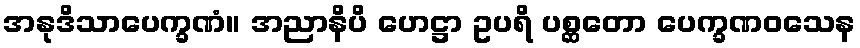
အနုဒိသာပေက္ခဏံ။ အညာနိပိ ဟေဋ္ဌာ ဥပရိ ပစ္ဆတော ပေက္ခဏဝသေန